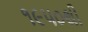
૧૯૫૦થી